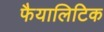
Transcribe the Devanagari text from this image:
फैयालिटिक